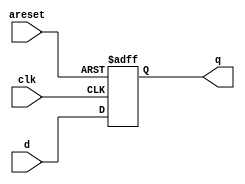
module top_module (
    input clk,
    input areset,   // active high asynchronous reset
    input [7:0] d,
    output [7:0] q
);

    always @(posedge clk or posedge areset) begin
        if (areset) begin
            q <= 8'h0;
        end else begin
            q <= d;
        end
    end
endmodule